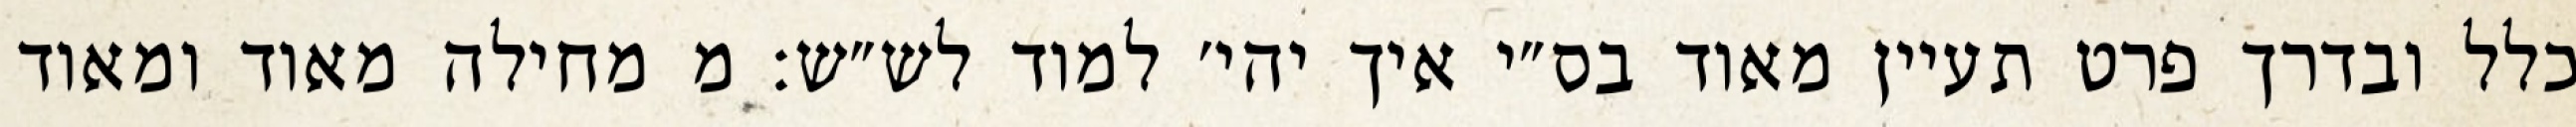
כלל ובדרך פרט תעיין מאוד בס״י איך יהי׳ למוד לש״ש: מ מחילה מאוד ומאוד